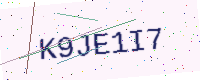
Text: K9JE1I7